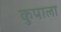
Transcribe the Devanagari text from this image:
कुपाला